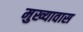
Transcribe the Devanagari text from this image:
मुख्यावास